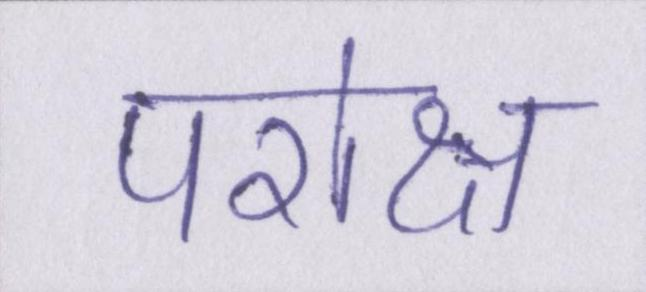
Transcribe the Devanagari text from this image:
परोक्ष